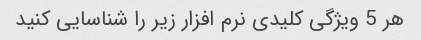
هر 5 ویژگی کلیدی نرم افزار زیر را شناسایی کنید